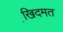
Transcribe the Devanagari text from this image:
खि़दमत